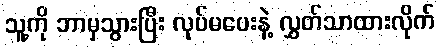
သူ့ကို ဘာမှသွားပြီး လုပ်မပေးနဲ့ လွှတ်သာထားလိုက်